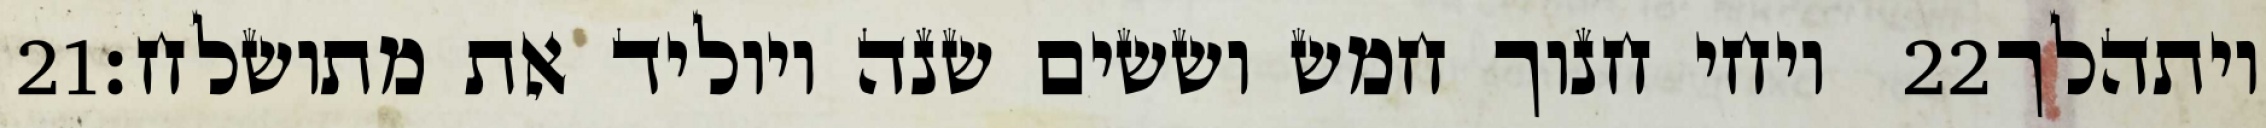
‎21‏ ויחי חנוך חמש וששים שנה ויוליד את מתושלח׃ ‎22‏ ויתהלך